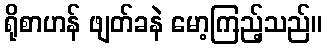
ရိုစာဟန် ဖျတ်ခနဲ မော့ကြည့်သည်။